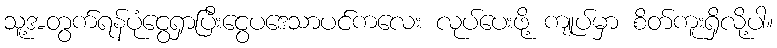
သူ့အတွက်ရန်ပုံငွေရှာပြီးငွေပဒေသာပင်ကလေး လုပ်ပေးဖို့ ကျုပ်မှာ စိတ်ကူးရှိလို့ပါ။